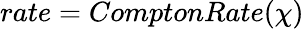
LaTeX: rate=ComptonRate(\chi)